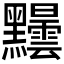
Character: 𪓂